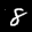
Label: 8